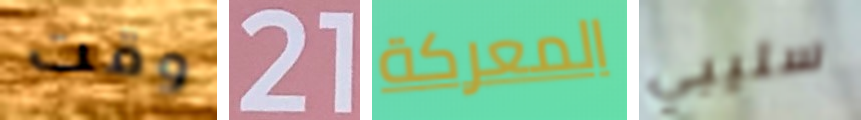
وقت 21 المعركة سليبي